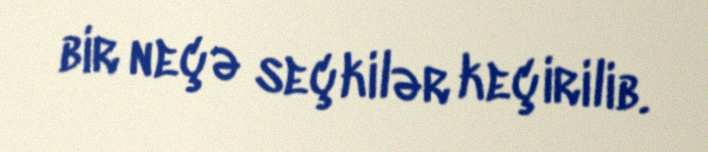
bir neçə seçkilər keçirilib.